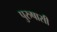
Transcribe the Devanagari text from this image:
पुरुषासी